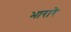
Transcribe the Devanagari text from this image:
भारारे